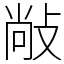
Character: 𰕋